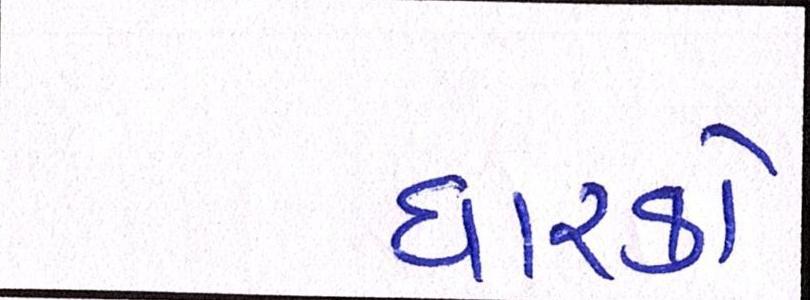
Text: ધારકો